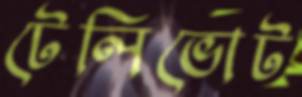
টেলিভোট